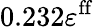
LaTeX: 0.232\varepsilon^{\mathrm{ff}}